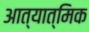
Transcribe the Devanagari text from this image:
आत्यात्मिक